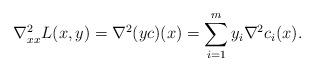
LaTeX: \begin{align*}\nabla^2_{xx}L(x,y) = \nabla^2(y c)(x) = \sum_{i=1}^m y_i\nabla^2c_i(x).\end{align*}